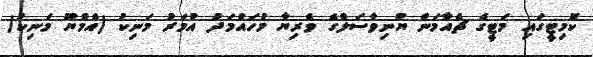
ކޮމިޓީގައި މަޓީގެ ޗެއާމަން ޔުނިވާސަލްގެ ވެރިޔާ މުހައްމަދު އުމަރު މަނިިކު (އެމްޔޫ މަނިކު)